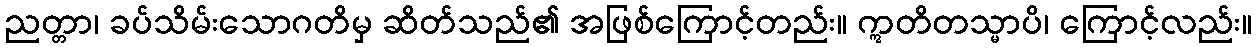
ညတ္တာ၊ ခပ်သိမ်းသောဂတိမှ ဆိတ်သည်၏ အဖြစ်ကြောင့်တည်း။ ဣတိတသ္မာပိ၊ ကြောင့်လည်း။